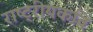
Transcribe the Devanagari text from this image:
राष्ट्रीयकवि